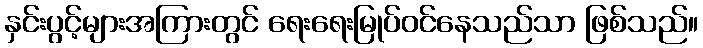
နှင်းပွင့်များအကြားတွင် ရေးရေးမြုပ်ဝင်နေသည်သာ ဖြစ်သည်။